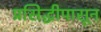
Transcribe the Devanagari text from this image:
प्रसिद्धीपासून